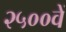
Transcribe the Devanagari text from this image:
२५००वें